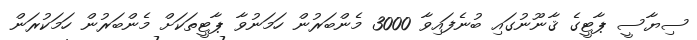
ސިޔާސީ ޕާޓީގެ ޤާނޫނުގައި ބުނެފައިވާ 3000 މެންބަރުން ހަމަނުވާ ޕާޓީތަކަށް މެންބަރުން ހަމަކުރަން